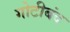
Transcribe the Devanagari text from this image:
गोटीबंद